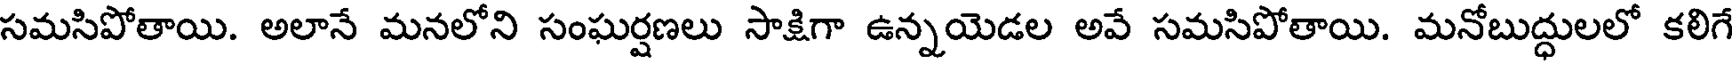
సమసిపోతాయి. అలానే మనలోని సంఘర్షణలు సాక్షిగా ఉన్నయెడల అవే సమసిపోతాయి. మనోబుద్ధులలో కలిగే